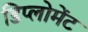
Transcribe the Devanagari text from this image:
डिप्लोमेंट